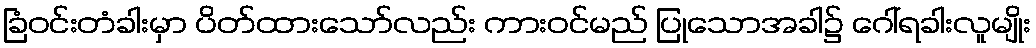
ခြံဝင်းတံခါးမှာ ပိတ်ထားသော်လည်း ကားဝင်မည် ပြုသောအခါ၌ ဂေါ်ရခါးလူမျိုး